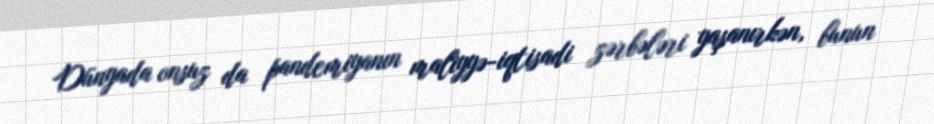
Dünyada onsuz da pandemiyanın maliyyə-iqtisadi zərbələri yaşanırkən, bunun